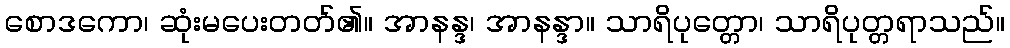
စောဒကော၊ ဆုံးမပေးတတ်၏။ အာနန္ဒ၊ အာနန္ဒာ။ သာရိပုတ္တော၊ သာရိပုတ္တရာသည်။